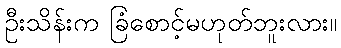
ဦးသိန်းက ခြံစောင့်မဟုတ်ဘူးလား။